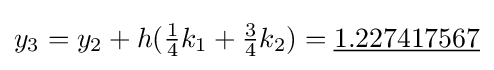
y_{3}=y_{2}+h({\tfrac {1}{4}}k_{1}+{\tfrac {3}{4}}k_{2})={\underline {1.227417567}}